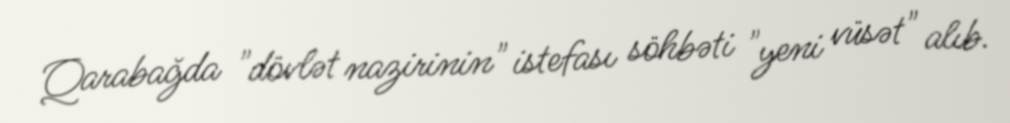
Qarabağda "dövlət nazirinin" istefası söhbəti "yeni vüsət" alıb.